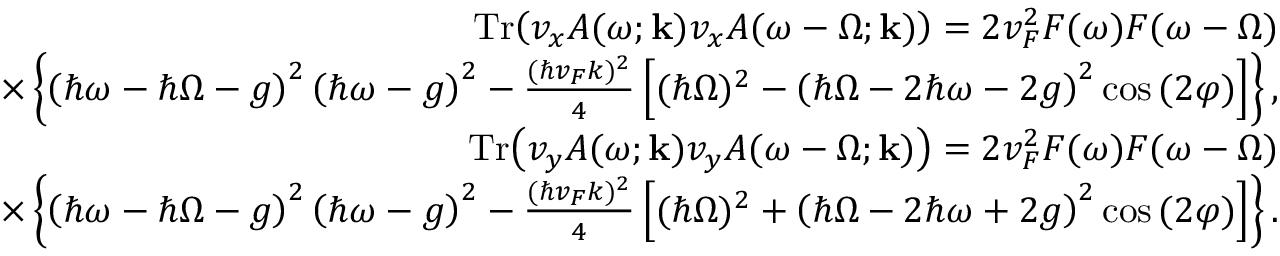
\begin{array} { r l r } & { } & { \mathrm { T r } { \left( v _ { x } A ( \omega ; \mathbf { k } ) v _ { x } A ( \omega - \Omega ; \mathbf { k } ) \right) } = 2 v _ { F } ^ { 2 } F ( \omega ) F ( \omega - \Omega ) } \\ & { } & { \quad \times \left\{ \left( \hbar \omega - \hbar \Omega - g \right) ^ { 2 } \left( \hbar \omega - g \right) ^ { 2 } - \frac { ( \hbar v _ { F } k ) ^ { 2 } } { 4 } \left[ ( \hbar \Omega ) ^ { 2 } - \left( \hbar \Omega - 2 \hbar \omega - 2 g \right) ^ { 2 } \cos { ( 2 \varphi ) } \right] \right\} , } \\ & { } & { \mathrm { T r } { \left( v _ { y } A ( \omega ; \mathbf { k } ) v _ { y } A ( \omega - \Omega ; \mathbf { k } ) \right) } = 2 v _ { F } ^ { 2 } F ( \omega ) F ( \omega - \Omega ) } \\ & { } & { \quad \times \left\{ \left( \hbar \omega - \hbar \Omega - g \right) ^ { 2 } \left( \hbar \omega - g \right) ^ { 2 } - \frac { ( \hbar v _ { F } k ) ^ { 2 } } { 4 } \left[ ( \hbar \Omega ) ^ { 2 } + \left( \hbar \Omega - 2 \hbar \omega + 2 g \right) ^ { 2 } \cos { ( 2 \varphi ) } \right] \right\} . } \end{array}